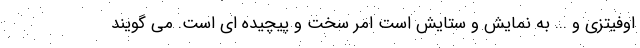
اوفیتزی و ... به نمایش و ستایش است امر سخت و پیچیده ای است. می گویند